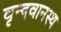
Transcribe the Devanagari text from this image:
वृन्दवानस्थ